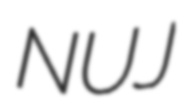
NUJ